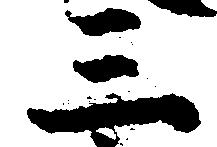
三